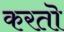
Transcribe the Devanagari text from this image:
करतॊ